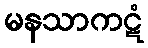
မနသာကဋံ